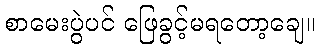
စာမေးပွဲပင် ဖြေခွင့်မရတော့ချေ။